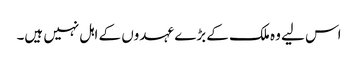
اس لیے وہ ملک کے بڑے عہدوں کے اہل نہیں ہیں۔